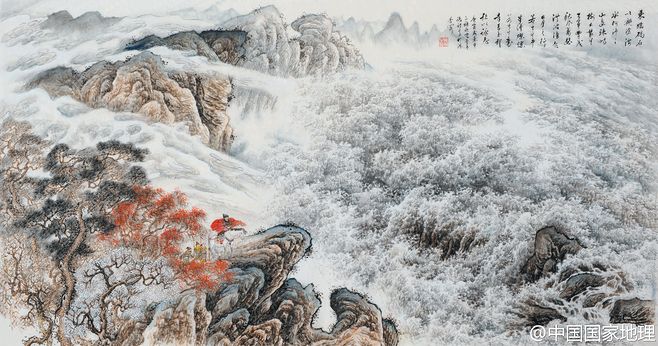
秋风萧瑟，洪波涌起。